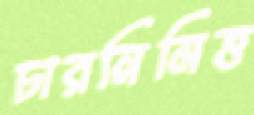
চারনিমিত্ত